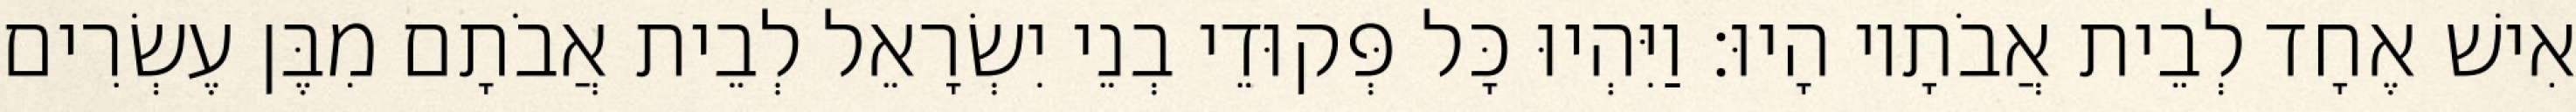
אִישׁ אֶחָד לְבֵית אֲבֹתָיו הָיוּ׃ וַיִּהְיוּ כָּל פְּקוּדֵי בְנֵי יִשְׂרָאֵל לְבֵית אֲבֹתָם מִבֶּן עֶשְׂרִים